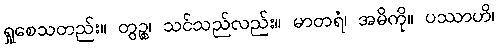
ရှုစေသတည်း။ တွဉ္စ၊ သင်သည်လည်း။ မာတရံ၊ အမိကို။ ပဿာဟိ၊